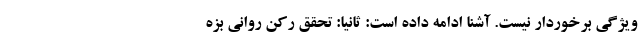
ویژگی برخوردار نیست. آشنا ادامه داده است: ثانیا: تحقق رکن روانی بزه